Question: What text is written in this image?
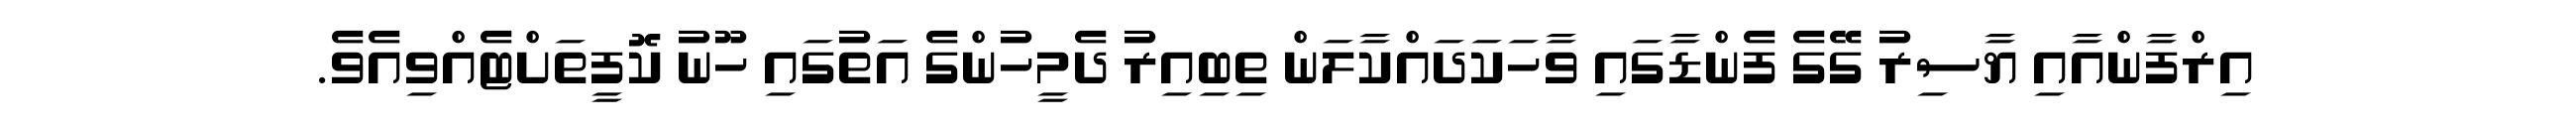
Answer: އިރްފާންއާއި ޔާސިރު ގޭގެ ފެންޑާގައި ވާހަކަދައްކާލަން ތިބިއިރު ދެމީހުންގެ އަތުގައި ހޫނު ކޮފީތަށްޓެއްވިއެވެ.